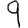
Digit: 9